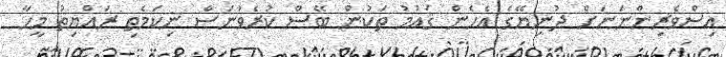
އިސްވެރިންނަނަށް ދުނިޔޭގެ އެހެން ޤައުމު ތަކުން ބޭސް ކުރެވުނަސް ނިކަމެތި ރައްޔިތު މީހާ